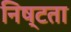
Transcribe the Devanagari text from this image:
निष्टता